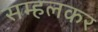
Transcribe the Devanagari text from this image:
सम्हलकर